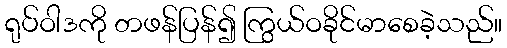
ရုပ်ဝါဒကို တဖန်ပြန်၍ ကြွယ်ဝခိုင်မာစေခဲ့သည်။